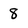
Character: 8